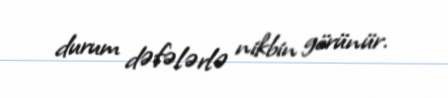
durum dəfələrlə nikbin görünür.